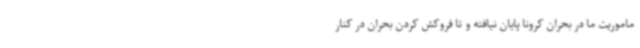
ماموریت ما در بحران کرونا پایان نیافته و تا فروکش کردن بحران در کنار